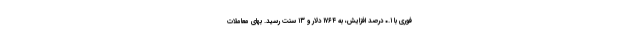
فوری با ۰.۱ درصد افزایش، به ۱۷۶۴ دلار و ۱۳ سنت رسید. بهای معاملات